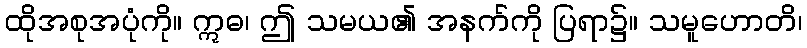
ထိုအစုအပုံကို။ ဣဓ၊ ဤ သမယ၏ အနက်ကို ပြရာ၌။ သမူဟောတိ၊